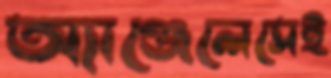
অ্যাঞ্জেলেসেই